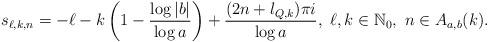
LaTeX: \begin{align*} s_{\ell, k, n}=-\ell -k\left( 1-\frac{\log |b|}{\log a}\right) + \frac{(2n+l_{Q,k}) \pi i}{\log a},\ \ell, k \in \mathbb{N}_{0}, \ n\in A_{a,b}(k).\end{align*}